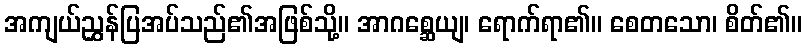
အကျယ်ညွှန်ပြအပ်သည်၏အဖြစ်သို့။ အာဂစ္ဆေယျ၊ ရောက်ရာ၏။ စေတသော၊ စိတ်၏။